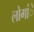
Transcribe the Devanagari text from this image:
लोगांें